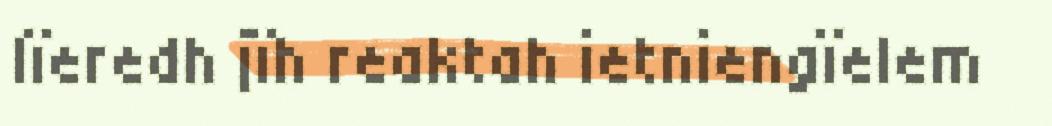
lïeredh jïh reaktah ietniengïelem